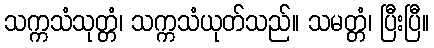
သက္ကသံသုတ္တံ၊ သက္ကသံယုတ်သည်။ သမတ္တံ၊ ပြီးပြီ။